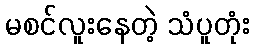
မစင်လူးနေတဲ့ သံပူတုံး